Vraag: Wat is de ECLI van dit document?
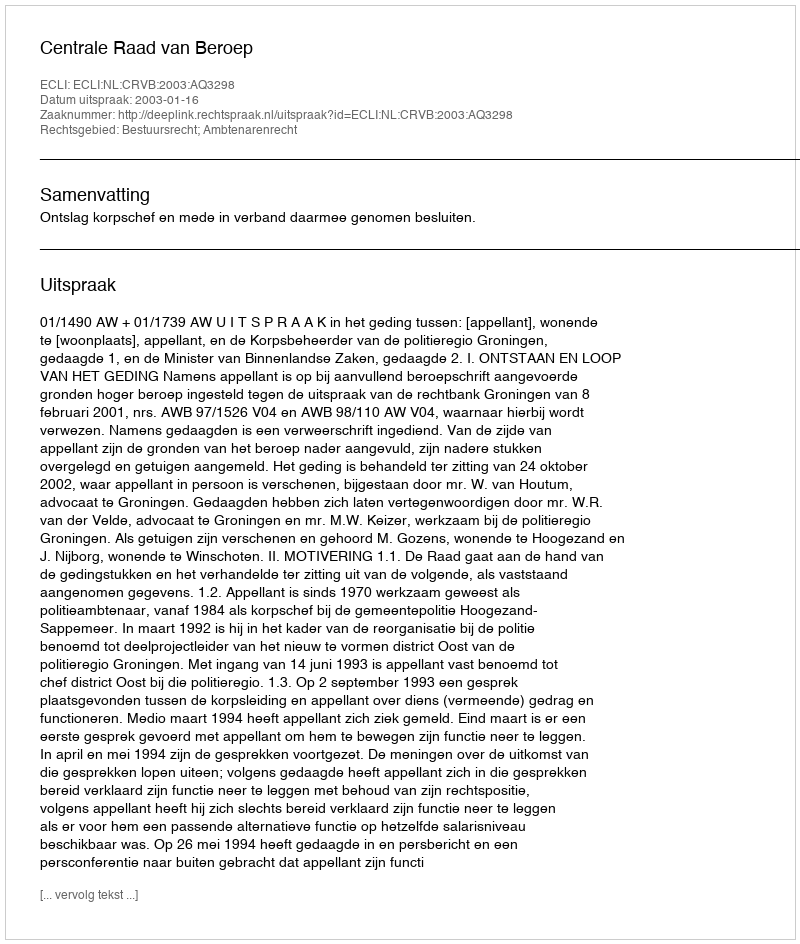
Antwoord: ECLI:NL:CRVB:2003:AQ3298